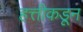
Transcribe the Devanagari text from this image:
हत्तीकडून